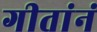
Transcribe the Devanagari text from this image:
गीतांनं